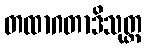
တထာဂတာဒိသုတ္တ